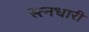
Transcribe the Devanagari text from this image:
स्त्नधारी